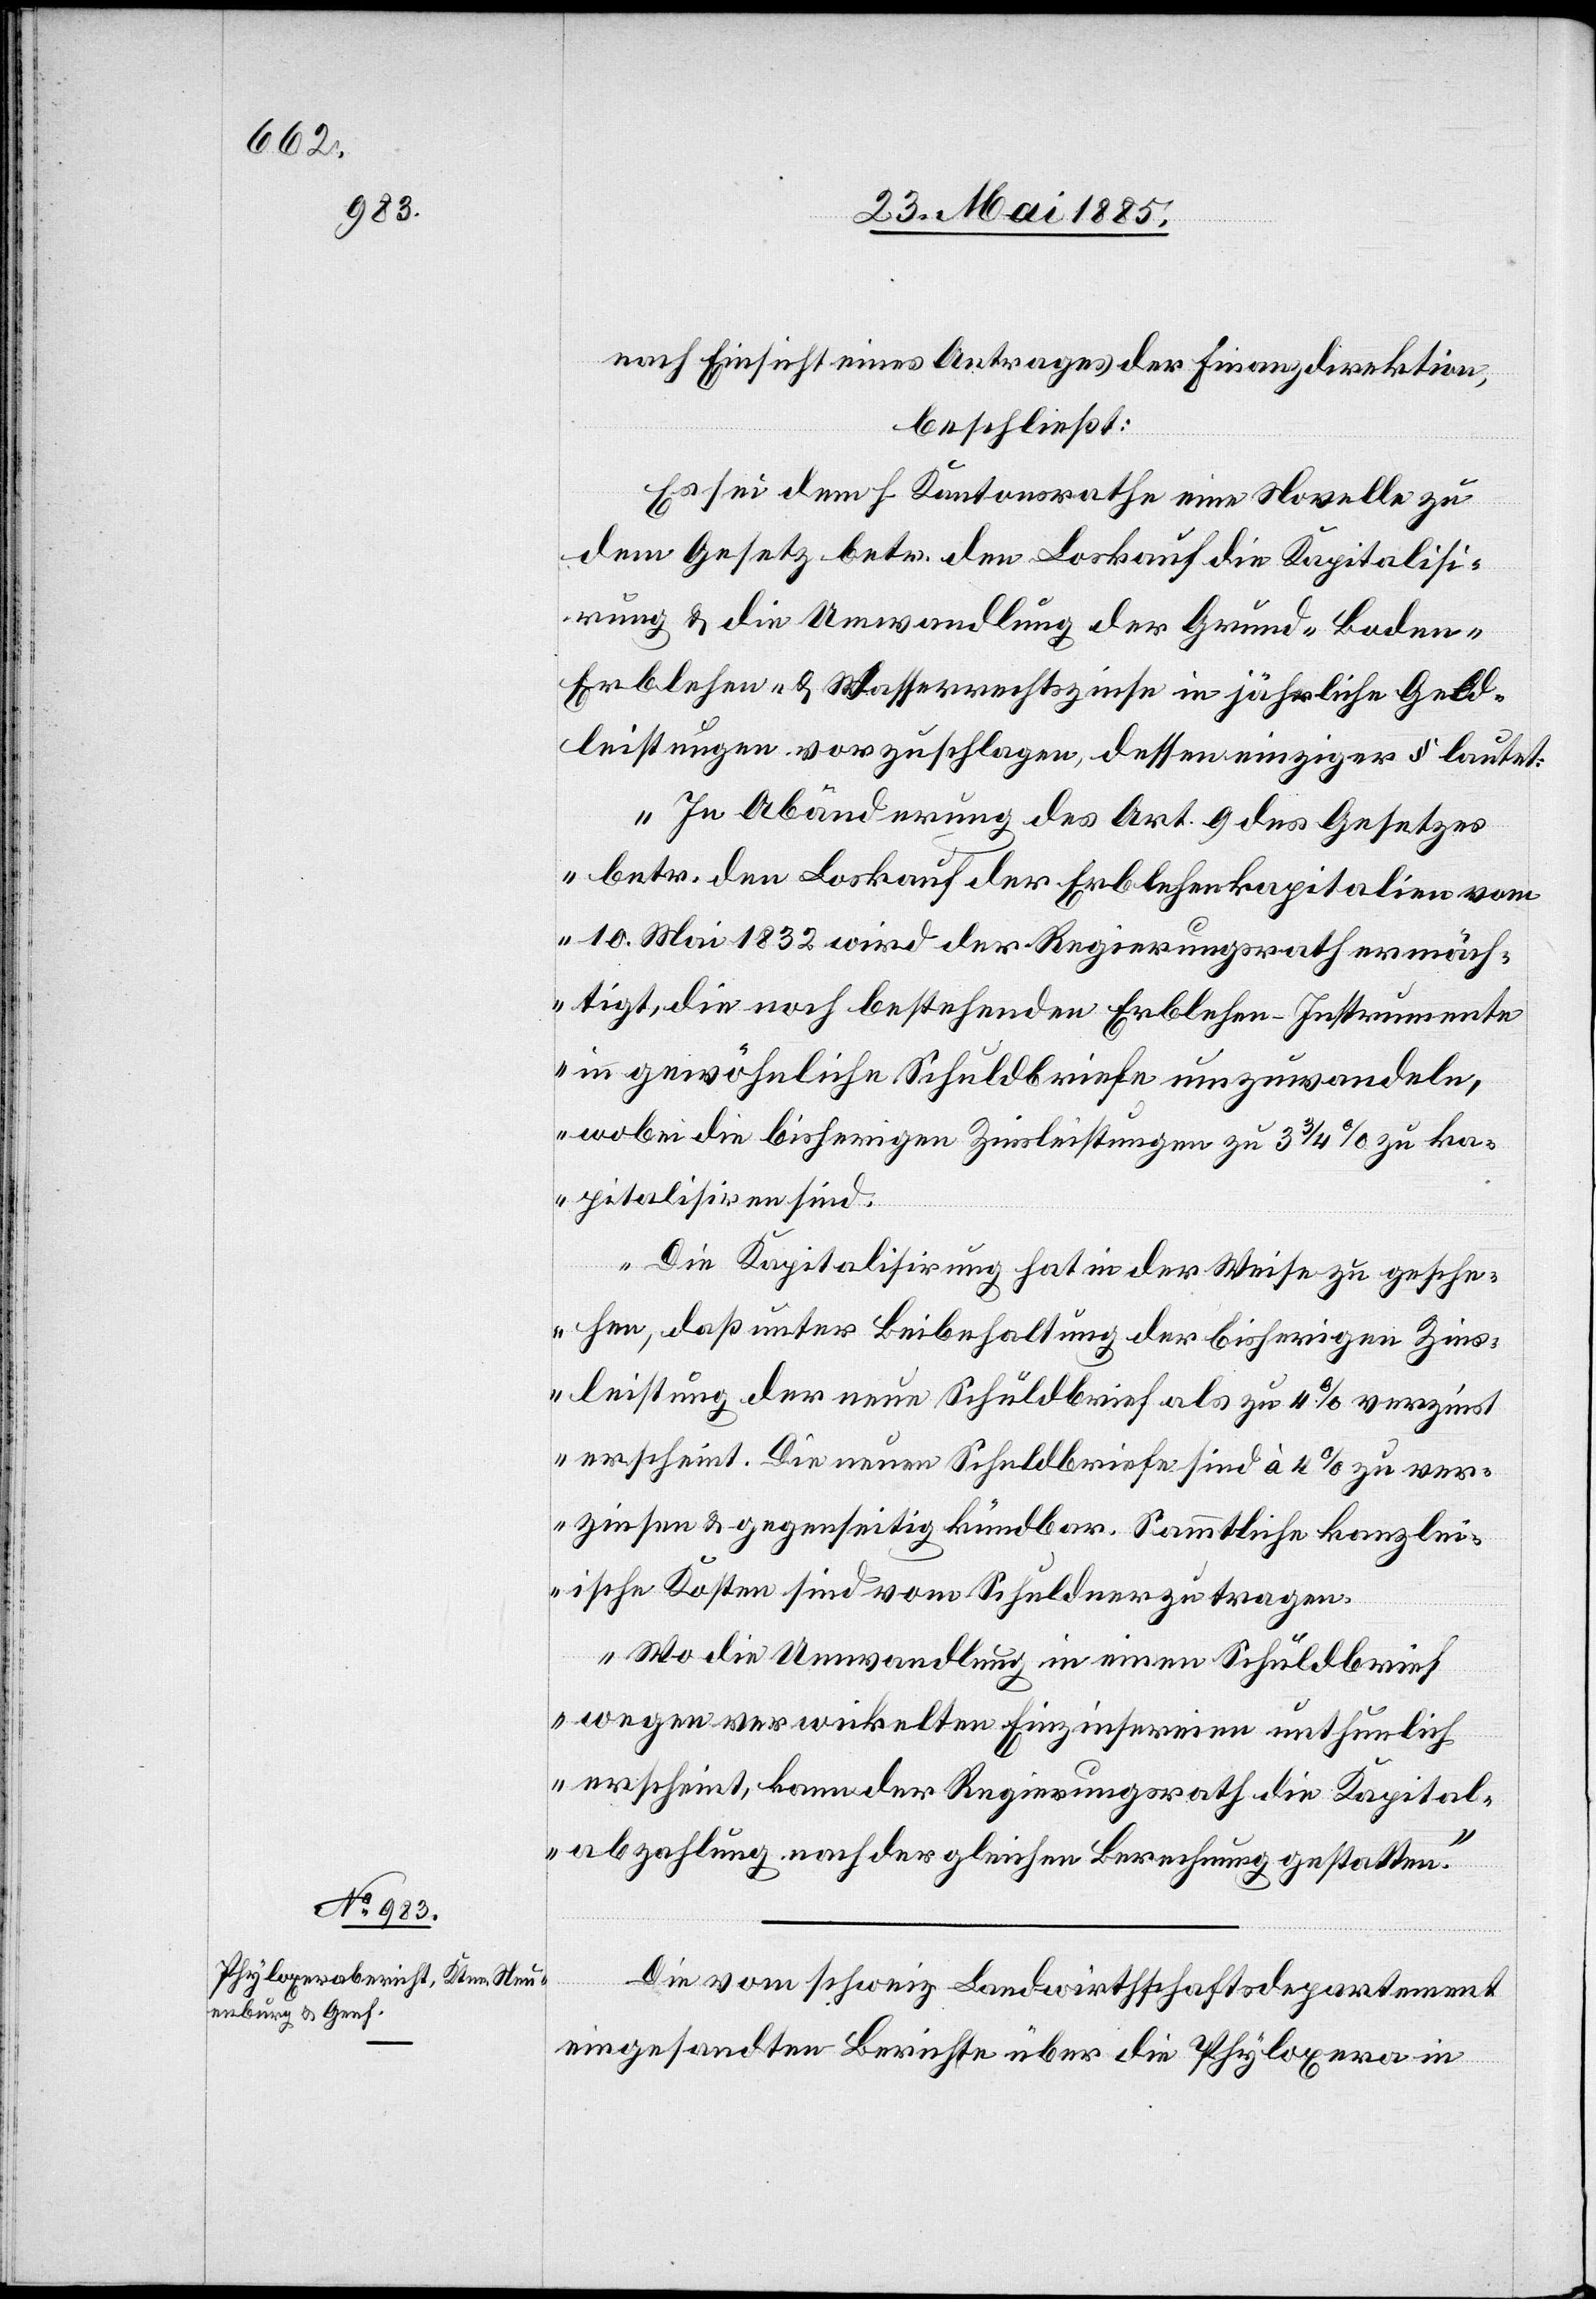
nach Einsicht eines Antrages der Finanzdirektion,
beschließt:
Es sei dem h. Kantonsrathe eine Novelle zu
dem Gesetz betr. den Loskauf die Kapitalisi¬
rung & die Umwandlung der Grund-[,] Boden-[,]
Erblehen- & Wasserrechtszinse in jährliche Geld¬
leistungen vorzuschlagen, dessen einziger § lautet:
„In Abänderung des Art. 9 des Gesetzes
betr. den Loskauf der Erblehenkapitalien vom
10. Mai 1832 wird der Regierungsrath ermäch¬
tigt, die noch bestehenden Erblehen-Instrumente
in gewöhnliche Schuldbriefe umzuwandeln,
wobei die bisherigen Zinsleistungen zu 3 3/4% zu ka¬
pitalisiren sind.
Die Kapitalisirung hat in der Weise zu gesche¬
hen, daß unter Beibehaltung der bisherigen Zins¬
leistung der neue Schuldbrief als zu 4% verzinst
erscheint. Die neuen Schuldbriefe sind à 4% zu ver¬
zinsen & gegenseitig kündbar. Sämmtliche kanzlei¬
ische Kosten sind vom Schuldner zu tragen.
Wo die Umwandlung in einen Schuldbrief
wegen verwickelten Einzinsereien unthunlich
erscheint, kann der Regierungsrath die Kapital¬
abzahlung nach der gleichen Berechnung gestatten.“
Die vom schweiz. Landwirthschaftsdepartement
eingesandten Berichte über die Phyloxera in